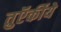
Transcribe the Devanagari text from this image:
तुऍर्कीये